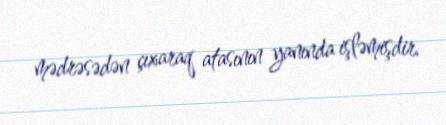
mədrəsədən çıxaraq atasının yanında işləmişdir.